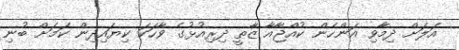
އަލަށް ދިމާވި އަންހެން ކުއްޖާއާ ޒާތީ ދިރިއުޅުގެ ވާހަކަ ކިޔައިދިން ކަމަށް ބުނި